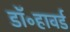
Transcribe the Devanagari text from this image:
डॉ॰हावर्ड